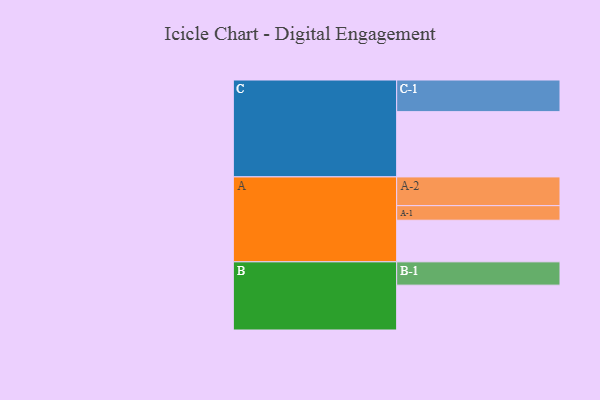
{"axis": {"x": "Segment", "y": "Value"}, "legend": ["", "A", "B", "C"], "data": [{"x": "A", "y": 375, "type": ""}, {"x": "B", "y": 404, "type": ""}, {"x": "C", "y": 588, "type": ""}, {"x": "A-1", "y": 131, "type": "A"}, {"x": "A-2", "y": 259, "type": "A"}, {"x": "B-1", "y": 210, "type": "B"}, {"x": "C-1", "y": 285, "type": "C"}]}